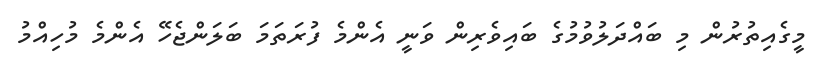
މީގެއިތުރުން މި ބައްދަލުވުމުގެ ބައިވެރިން ވަނީ އެންމެ ފުރަތަމަ ބަލަންޖެހޭ އެންމެ މުހިއްމު